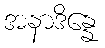
အနာဒိန္နေ